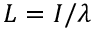
L = I / \lambda